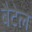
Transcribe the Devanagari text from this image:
बैटेल